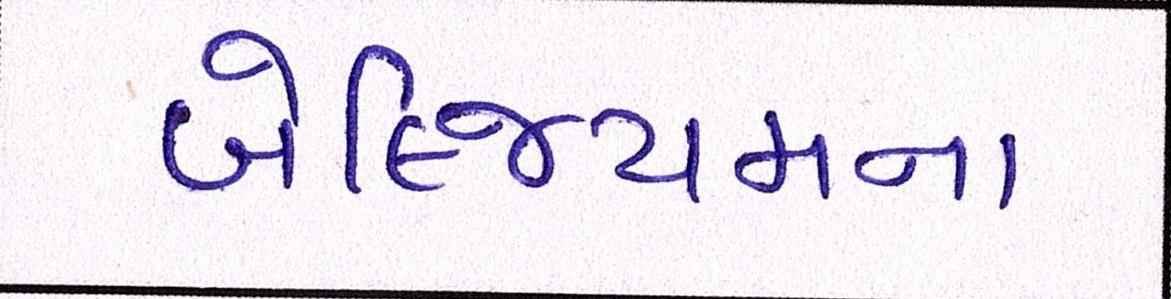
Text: બેલ્જિયમના